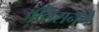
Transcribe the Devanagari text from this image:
ॲलिसनने